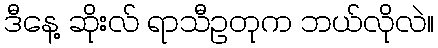
ဒီနေ့ ဆိုးလ် ရာသီဥတုက ဘယ်လိုလဲ။